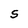
Character: S